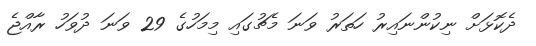
ދެކޮޅަށް ނިކުންނައިރު ހަތަރު ވަނަ މެޗުގައި މިމަހުގެ 29 ވަނަ ދުވަހު ރާއްޖެ